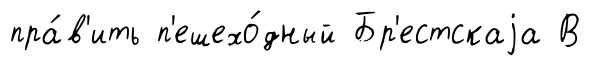
пра́в'ить п'ешехо́дный Бр'естскаjа В